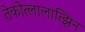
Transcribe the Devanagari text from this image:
तेकोत्लालात्झिन